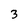
Character: 3